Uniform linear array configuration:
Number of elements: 48
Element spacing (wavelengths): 0.5
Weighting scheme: blackman
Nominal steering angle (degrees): -45
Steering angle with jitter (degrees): -44.802
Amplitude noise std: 0.05
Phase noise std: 0.05

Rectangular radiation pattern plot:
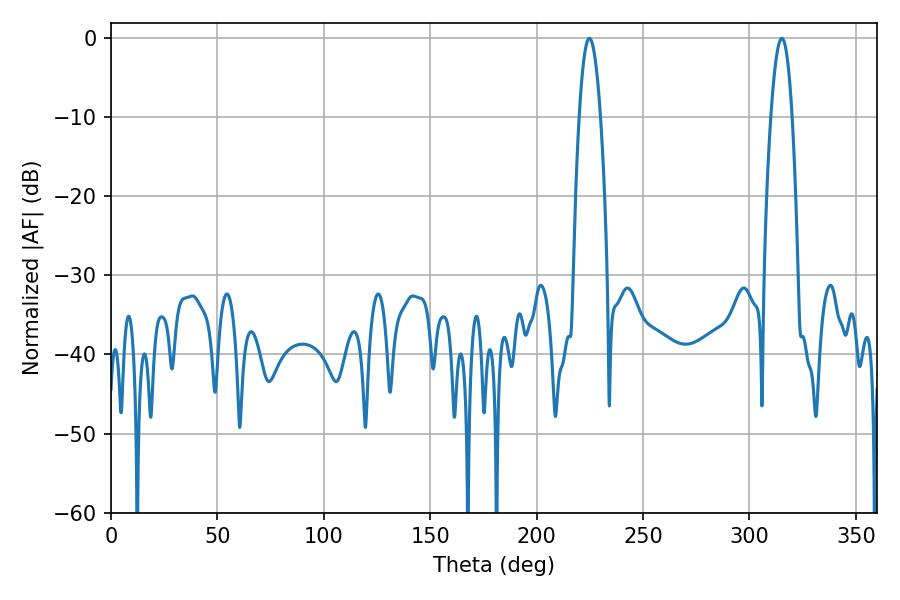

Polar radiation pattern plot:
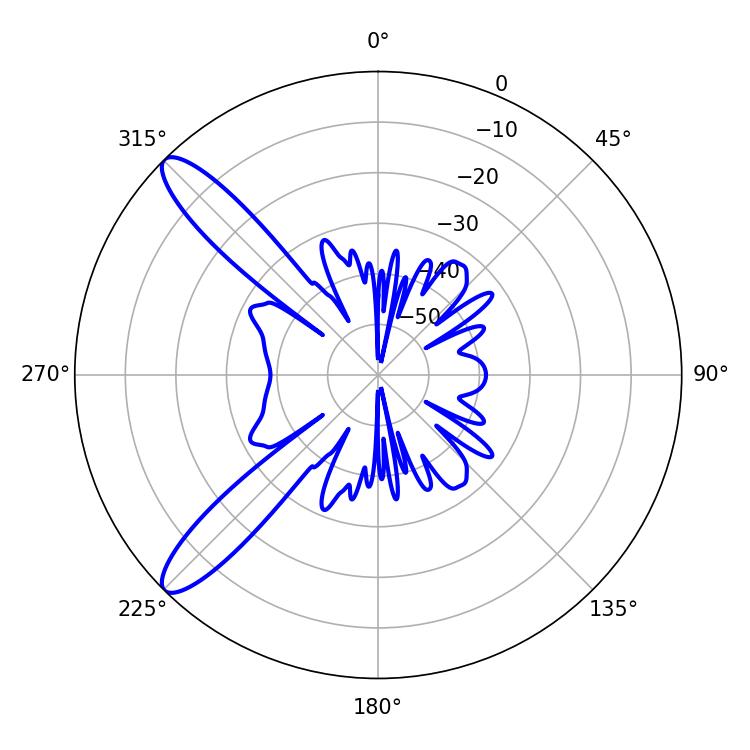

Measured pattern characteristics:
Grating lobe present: FALSE
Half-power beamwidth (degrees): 5.4
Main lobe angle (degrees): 224.82